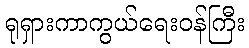
ရုရှားကာကွယ်ရေးဝန်ကြီး